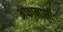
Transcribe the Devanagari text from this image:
अफानासी